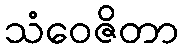
သံဝေဇိတာ